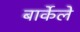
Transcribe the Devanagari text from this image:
बार्केले